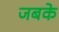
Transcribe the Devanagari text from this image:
जबके